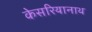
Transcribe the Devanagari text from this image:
केसरियानाथ